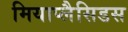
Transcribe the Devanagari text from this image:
मियाप्लैसिडस